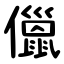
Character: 儠